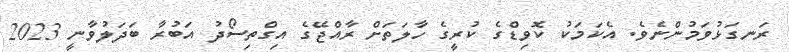
ރަނގަޅުވަމުންނެވެ. އެކަމަކު ކޮވިޑްގެ ކުރީގެ ހާލަތަށް ރާއްޖޭގެ އިގްތިސޯދު އަބުރާ ބަދަލުވާނީ 2023